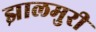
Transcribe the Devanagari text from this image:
झालमुरी